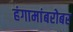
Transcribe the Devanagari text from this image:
हंगामांबरोबर